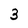
Character: 3